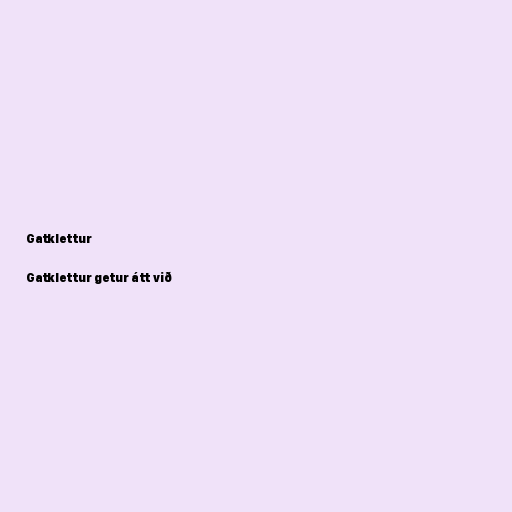
Gatklettur

Gatklettur getur átt við